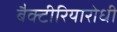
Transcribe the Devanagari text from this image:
बैक्टीरियारोधी